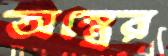
অন্ত্রের